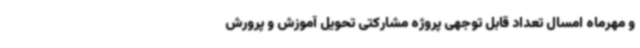
و مهرماه امسال تعداد قابل توجهی پروژه مشارکتی تحویل آموزش و پرورش